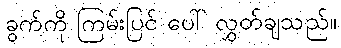
ခွက်ကို ကြမ်းပြင် ပေါ် လွှတ်ချသည်။